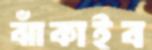
ঝাঁকাইব